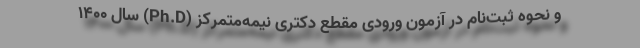
و نحوه ثبت‌نام در آزمون ورودی مقطع دکتری نیمه‌متمرکز (Ph.D) سال ۱۴۰۰